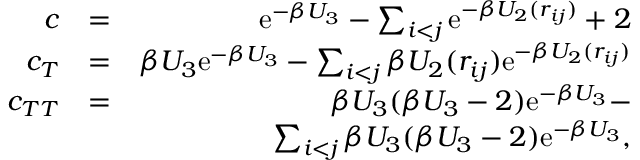
\begin{array} { r l r } { c } & { = } & { \mathrm { e } ^ { - \beta U _ { 3 } } - \sum _ { i < j } \mathrm { e } ^ { - \beta U _ { 2 } ( r _ { i j } ) } + 2 } \\ { c _ { T } } & { = } & { \beta U _ { 3 } \mathrm { e } ^ { - \beta U _ { 3 } } - \sum _ { i < j } \beta U _ { 2 } ( r _ { i j } ) \mathrm { e } ^ { - \beta U _ { 2 } ( r _ { i j } ) } } \\ { c _ { T T } } & { = } & { \beta U _ { 3 } ( \beta U _ { 3 } - 2 ) \mathrm { e } ^ { - \beta U _ { 3 } } - } \\ & { } & { \sum _ { i < j } \beta U _ { 3 } ( \beta U _ { 3 } - 2 ) \mathrm { e } ^ { - \beta U _ { 3 } } , } \end{array}